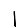
Digit: 1